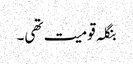
بنگلہ قومیت تھی۔